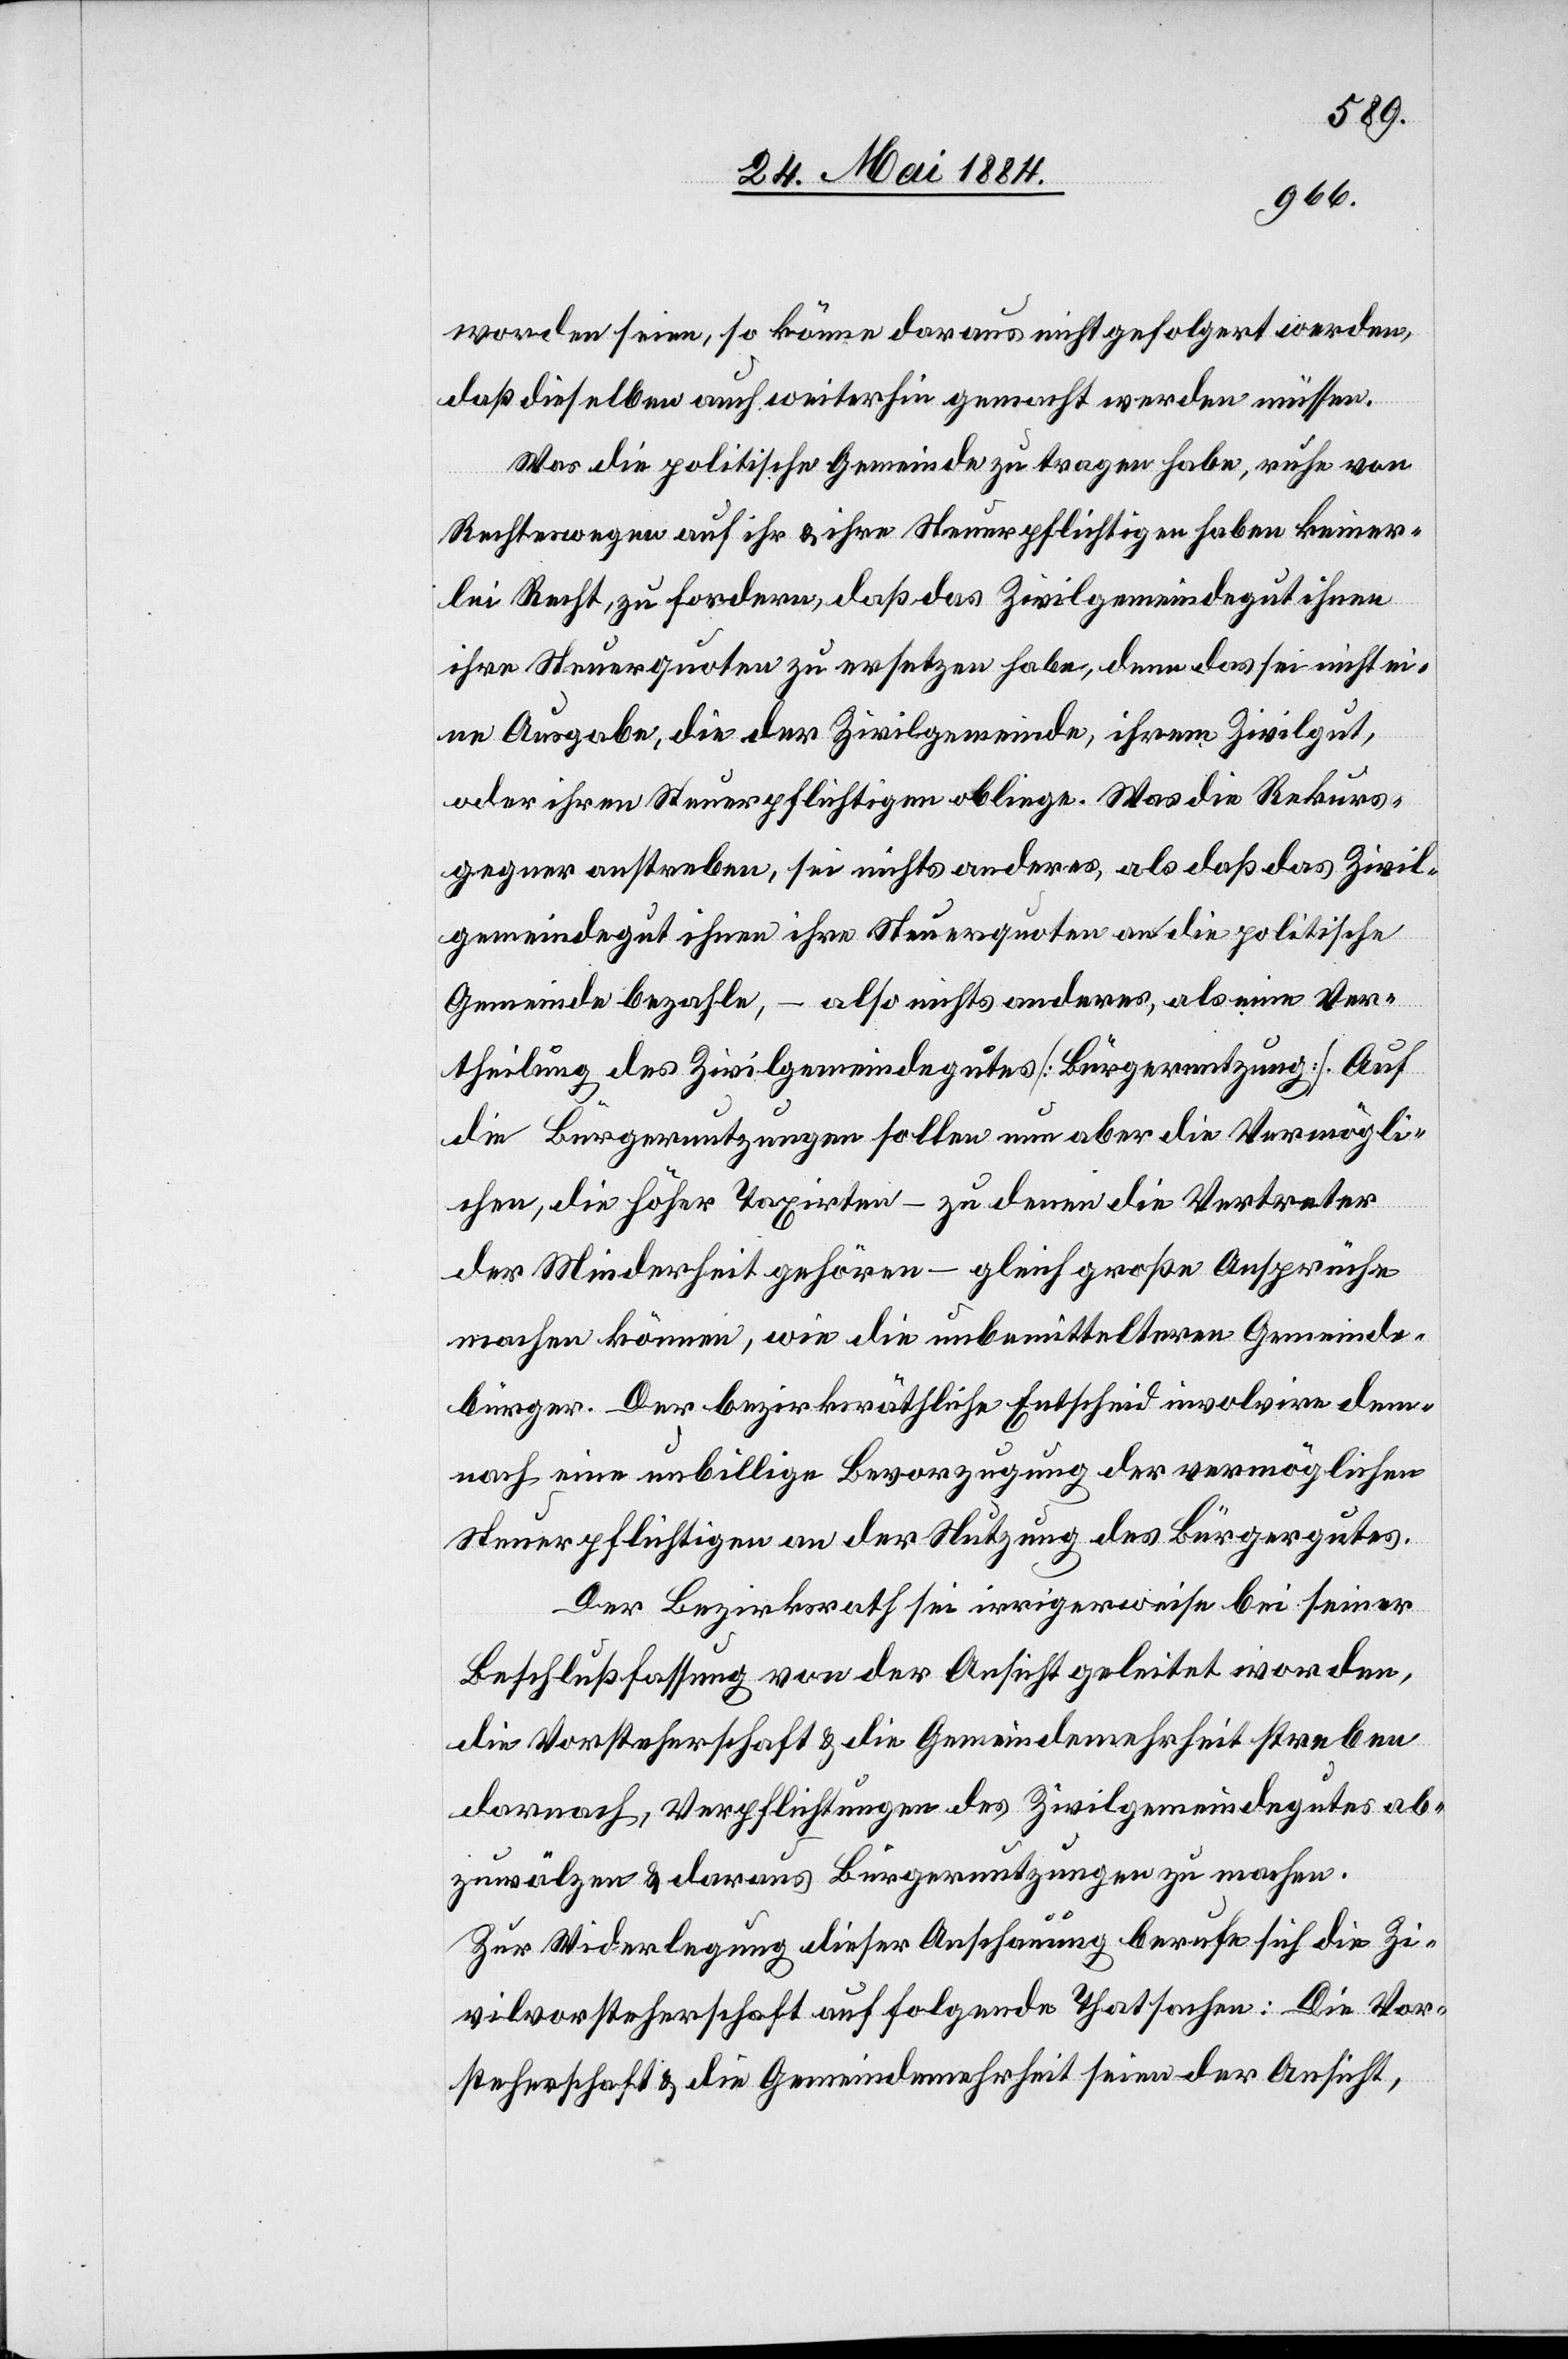
worden seien, so könne daraus nicht gefolgert werden,
daß dieselben auch weiterhin gemacht werden müssen.
Was die politische Gemeinde zu tragen habe, ruhe von
Rechtes wegen auf ihr & ihre Steuerpflichtigen haben keiner¬
lei Recht, zu fordern, daß das Zivilgemeindegut ihnen
ihre Steuerquoten zu ersetzen habe, denn das sei nicht ei¬
ne Ausgabe, die der Zivilgemeinde, ihrem Zivilgut,
oder ihren Steuerpflichtigen obliege. Was die Rekurs¬
gegner anstreben, sei nichts anderes, als daß das Zivil¬
gemeindegut ihnen ihre Steuerquote an die politische
Gemeinde bezahle, – also nichts anderes, als eine Ver¬
theilung des Zivilgemeindegutes [Bürgernutzung]. Auf
die Bürgernutzungen sollen nun aber die Vermögli¬
chen, die höher Taxirten – zu denen die Vertreter
der Minderheit gehören – gleich große Ansprüche
machen können, wie die unbemittelteren der Gemeinde¬
bürger. Der bezirksräthliche Entscheid involvire den¬
noch eine unbillige Bevorzugung der vermöglichen
Steuerpflichtigen an der Nutzung des Bürgergutes.
Der Bezirksrath sei irrigerweise bei seiner
Beschlußfassung von der Ansicht geleitet worden,
die Vorsteherschaft & die Gemeindemehrheit streben
darnach, Verpflichtungen des Zivilgemeindegutes ab¬
zuwälzen & daraus Bürgernutzungen zu machen.
Zur Widerlegung dieser Anschauung berufe sich die Zi¬
vilvorsteherschaft auf folgende Thatsachen: Die Vor¬
steherschaft & die Gemeindemehrheit seien der Ansicht,